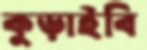
কুড়াইবি